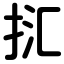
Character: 㧟